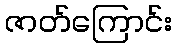
ဇာတ်ကြောင်း